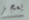
يعجز